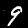
Digit: 9